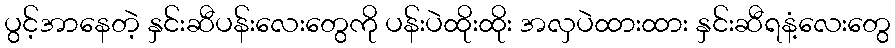
ပွင့်အာနေတဲ့ နှင်းဆီပန်းလေးတွေကို ပန်းပဲထိုးထိုး အလှပဲထားထား နှင်းဆီရနံ့လေးတွေ